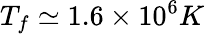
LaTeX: T_{f}\simeq 1.6\times 10^{6}K